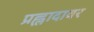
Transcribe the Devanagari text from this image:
प्रह्लादावर